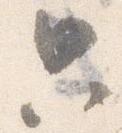
典